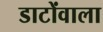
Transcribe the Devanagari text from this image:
डाटोंवाला